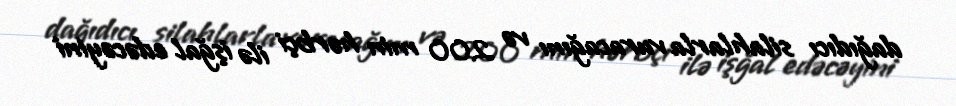
dağıdıcı silahlarla vuracağını və 200 min hərbçi ilə işğal edəcəyini